Report on horse surra - Volume II, Part I
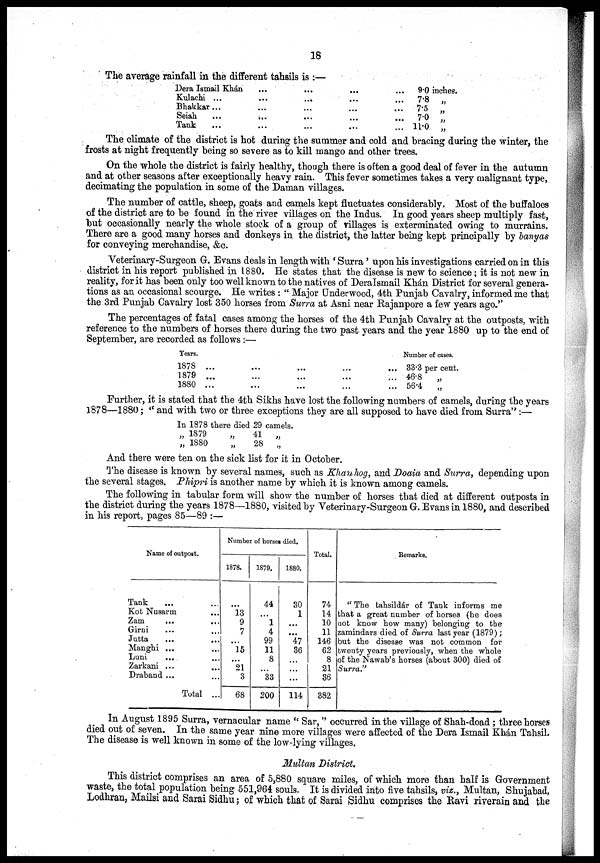
18
The average rainfall in the different tahsils is :—
Dera Ismail Khan
Kulachi
Bhakkar
Seiah
Tank
...
...
...
...
...
...
...
...
...
...
...
...
...
...
...
...
...
...
...
...
...
...
...
...
9.0 inches.
7.8 „
7.5 „
7.0 „
11.0 „
The climate of the district is hot during the summer and cold and bracing during the winter, the
frosts at night frequently being so severe as to kill mango and other trees.
On the whole the district is fairly healthy, though there is often a good deal of fever in the autumn
and at other seasons after exceptionally heavy rain. This fever sometimes takes a very malignant type,
decimating the population in some of the Daman villages.
The number of cattle, sheep, goats and camels kept fluctuates considerably. Most of the buffaloes
of the district are to be found in the river villages on the Indus. In good years sheep multiply fast,
but occasionally nearly the whole stock of a group of villages is exterminated owing to murrains.
There are a good many horses and donkeys in the district, the latter being kept principally by banyas
for conveying merchandise, &c.
Veterinary-Surgeon G. Evans deals in length with ' Surra' upon his investigations carried on in this
district in his report published in 1880. He states that the disease is new to science ; it is not new in
reality, for it has been only too well known to the natives of Dera Ismail Khán District for several genera-
tions as an occasional scourge. He writes : " Major Underwood, 4th Punjab Cavalry, informed me that
the 3rd Punjab Cavalry lost 350 horses from Surra at Asni near Rajanpore a few years ago."
The percentages of fatal cases among the horses of the 4th Punjab Cavalry at the outposts, with
reference to the numbers of horses there during the two past years and the year 1880 up to the end of
September, are recorded as follows :—
Years.
1878
1879
1880
...
...
...
...
...
...
...
...
...
...
...
...
...
...
...
Number of cases.
33.3 per cent.
46.8
„
56.4
„
Further, it is stated that the 4th Sikhs have lost the following numbers of camels, during the years
1878—1880; " and with two or three exceptions they are all supposed to have died from Surra":—
In 1878 there died 29 camels.
„ 1879
„ 1880
„
„
41
28
„
„
And there were ten on the sick list for it in October.
The disease is known by several names, such as Khan hog, and Doaia and Surra, depending upon
the several stages. Phipri is another name by which it is known among camels.
The following in tabular form will show the number of horses that died at different outposts in
the district during the years 1878—1880, visited by Veterinary-Surgeon G. Evans in 1880, and described
in his report, pages 85—89 :—
Name of outpost.
Tank ...
Kot Nusarm
Zam
...
...
Girni
Jutta
Manghi ...
Luni
....
Zarkani ...
Draband ...
Total ...
Number of horses died.
1878.
... 13
9
7
...
15
...
21
3
68
1879.
44
...
1
4
99
11
8
...
33
200
1880.
30
1
...
...
47
36
...
...
...
114
Total.
74
14
10
11
146
62
8
21
36
382
Remarks.
" The tahsildár of Tank informs me
that a great number of horses (he does
not know how many) belonging to the
zamindars died of Surra last year (1879);
but the disease was not common for
twenty years previously, when the whole
of the Nawab's horses (about 300) died of
Surra."
In August 1895 Surra, vernacular name " Sar, " occurred in the village of Shah-doad ; three horses
died out of seven. In the same year nine more villages were affected of the Dera Ismail Khán Tahsil.
The disease is well known in some of the low-lying villages.
Multan District.
This district comprises an area of 5,880 square miles, of which more than half is Government
waste, the total population being 551,964 souls. It is divided into five tahsils, viz., Multan, Shujabad,
Lodhran, Mailsi and Sarai Sidhu ; of which that of Sarai Sidhu comprises the Ravi riverain and the